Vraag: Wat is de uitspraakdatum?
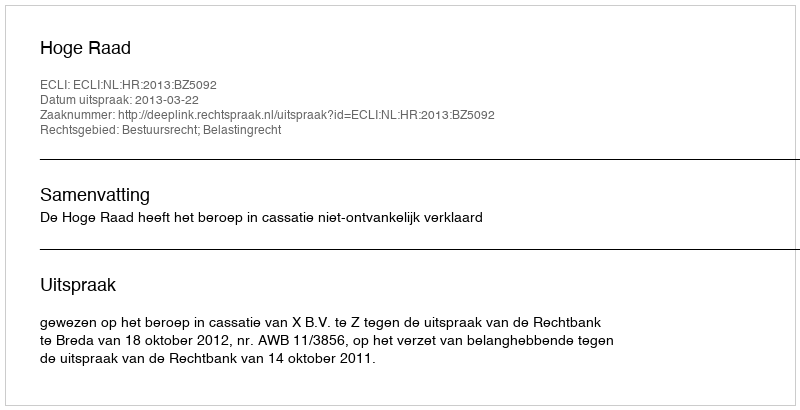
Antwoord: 2013-03-22